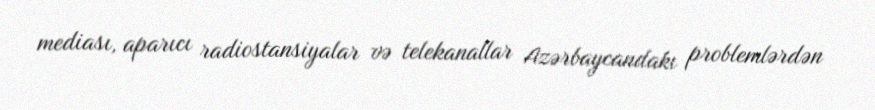
mediası, aparıcı radiostansiyalar və telekanallar Azərbaycandakı problemlərdən